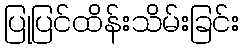
ပြုပြင်ထိန်းသိမ်းခြင်း